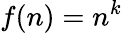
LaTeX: f(n)=n^{k}